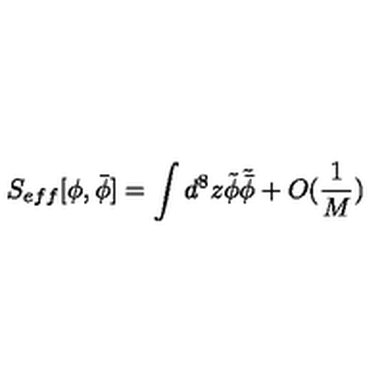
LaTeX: S _ { e f f } [ \phi , \bar { \phi } ] = \int d ^ { 8 } z \tilde { \phi } \tilde { \bar { \phi } } + O ( \frac { 1 } { M } )